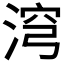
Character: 𣶆